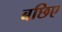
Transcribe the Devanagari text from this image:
बछिए